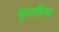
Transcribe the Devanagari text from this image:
कृतरिम